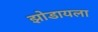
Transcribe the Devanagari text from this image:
झोडायला